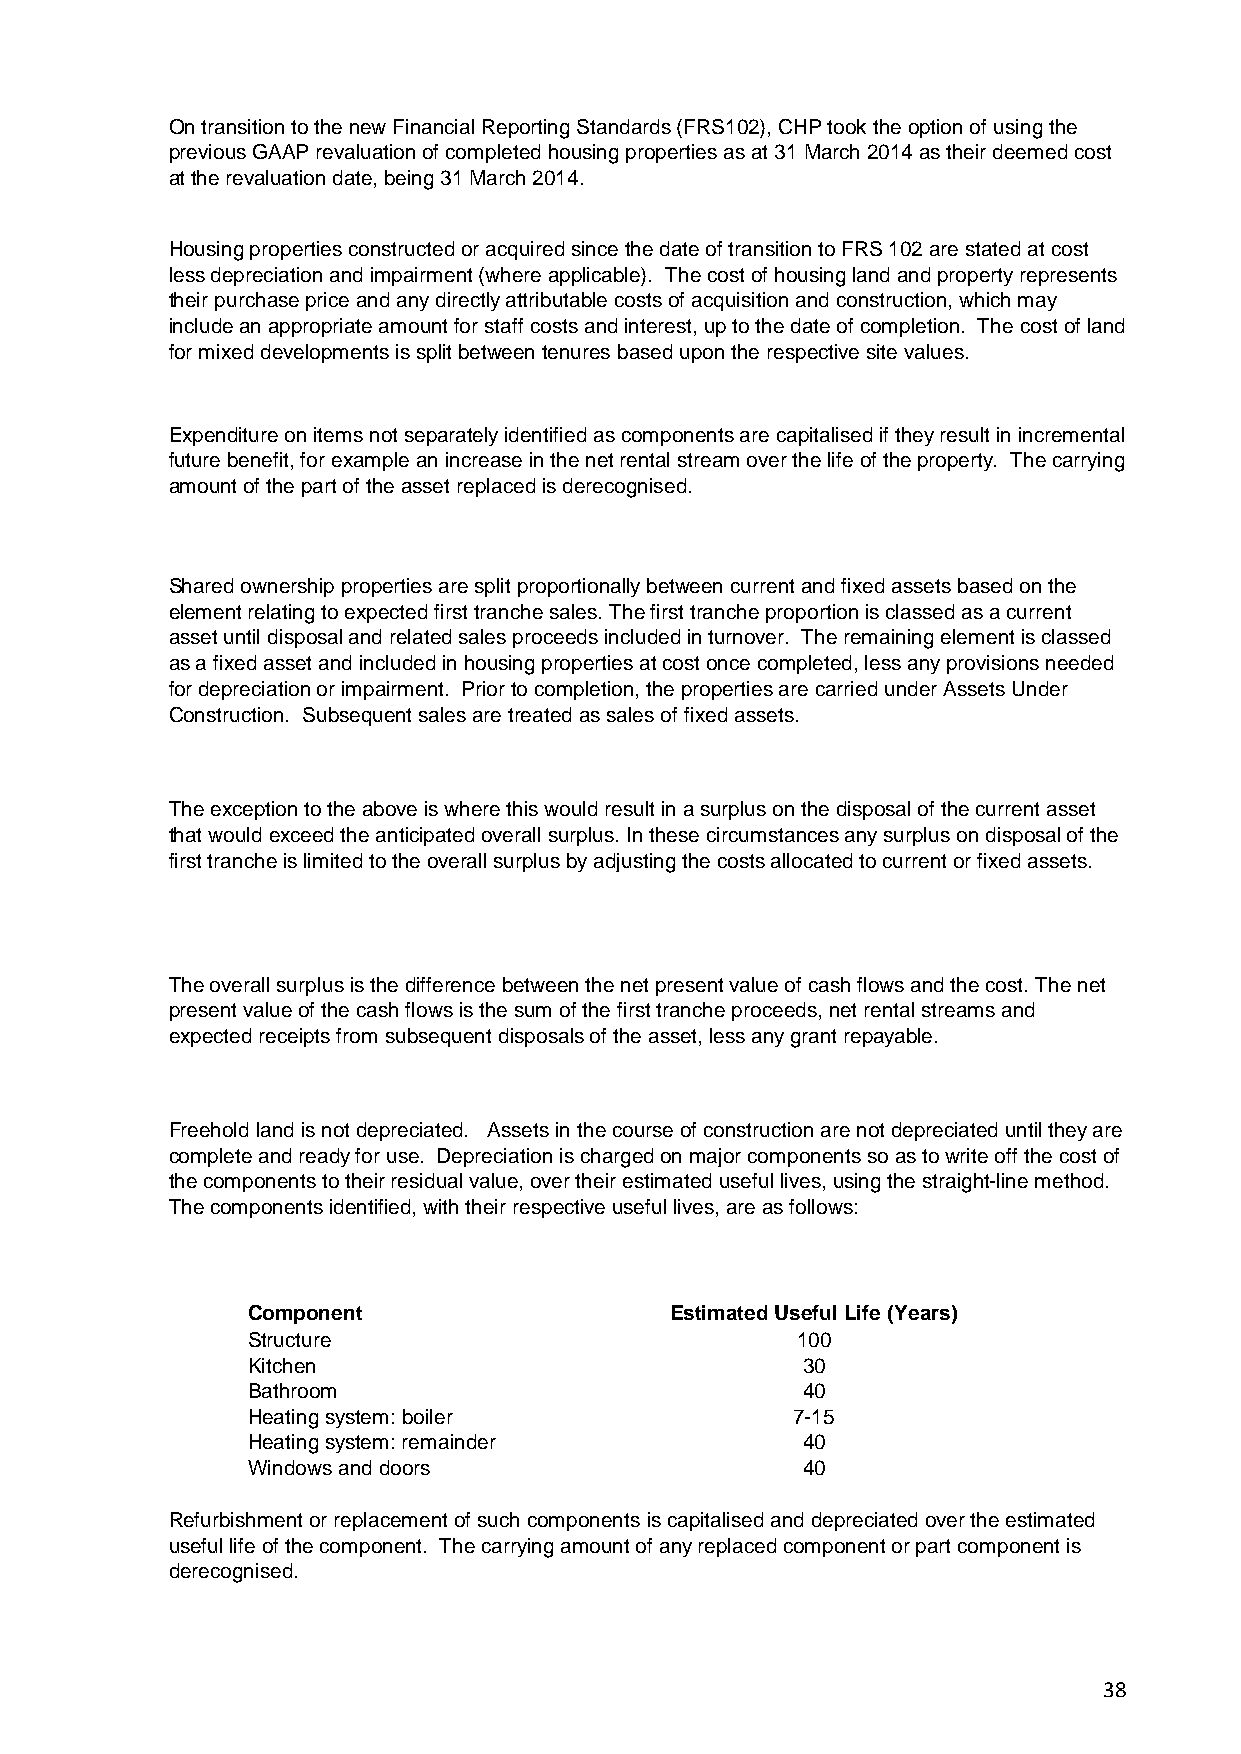
On transition to the new Financial Reporting Standards (FRS102), CHP took the option of using the
 previous GAAP revaluation of completed housing properties as at 31 March 2014 as their deemed cost
 at the revaluation date, being 31 March 2014.
 Housing properties constructed or acquired since the date of transition to FRS 102 are stated at cost
 less depreciation and impairment (where applicable). The cost of housing land and property represents
 their purchase price and any directly attributable costs of acquisition and construction, which may
 include an appropriate amount for staff costs and interest, up to the date of completion. The cost of land
 for mixed developments is split between tenures based upon the respective site values.
 Expenditure on items not separately identified as components are capitalised if they result in incremental
 future benefit, for example an increase in the net rental stream over the life of the property. The carrying
 amount of the part of the asset replaced is derecognised.
 Shared ownership properties are split proportionally between current and fixed assets based on the
 element relating to expected first tranche sales. The first tranche proportion is classed as a current
 asset until disposal and related sales proceeds included in turnover. The remaining element is classed
 as a fixed asset and included in housing properties at cost once completed, less any provisions needed
 for depreciation or impairment. Prior to completion, the properties are carried under Assets Under
 Construction. Subsequent sales are treated as sales of fixed assets.
 The exception to the above is where this would result in a surplus on the disposal of the current asset
 that would exceed the anticipated overall surplus. In these circumstances any surplus on disposal of the
 first tranche is limited to the overall surplus by adjusting the costs allocated to current or fixed assets.
 The overall surplus is the difference between the net present value of cash flows and the cost. The net
 present value of the cash flows is the sum of the first tranche proceeds, net rental streams and
 expected receipts from subsequent disposals of the asset, less any grant repayable.
 Freehold land is not depreciated. Assets in the course of construction are not depreciated until they are
 complete and ready for use. Depreciation is charged on major components so as to write off the cost of
 the components to their residual value, over their estimated useful lives, using the straight-line method.
 The components identified, with their respective useful lives, are as follows:
 Component                   Estimated Useful Life (Years)
 Structure                            100
 Kitchen                              30
 Bathroom                             40
 Heating system: boiler              7-15
 Heating system: remainder            40
 Windows and doors                    40
 Refurbishment or replacement of such components is capitalised and depreciated over the estimated
 useful life of the component. The carrying amount of any replaced component or part component is
 derecognised.
 38